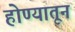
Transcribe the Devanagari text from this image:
होण्यातून